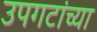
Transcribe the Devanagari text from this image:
उपगटांच्या